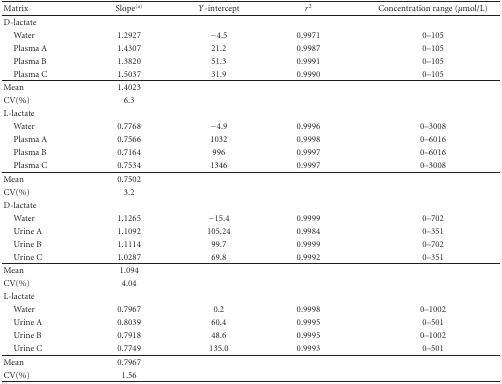
<table><thead><tr><td><b>Matrix</b></td><td><b>Slope<sup>(a)</sup></b></td><td><b><i>Y</i>-intercept</b></td><td><b><i>r</i><sup>2</sup></b></td><td><b>Concentration range (<i>μ</i>mol/L)</b></td></tr></thead><tbody><tr><td>D-lactate</td><td></td><td></td><td></td><td></td></tr><tr><td> Water</td><td>1.2927</td><td>−4.5</td><td>0.9971</td><td>0–105</td></tr><tr><td> Plasma A</td><td>1.4307</td><td>21.2</td><td>0.9987</td><td>0–105</td></tr><tr><td> Plasma B</td><td>1.3820</td><td>51.3</td><td>0.9991</td><td>0–105</td></tr><tr><td> Plasma C</td><td>1.5037</td><td>31.9</td><td>0.9990</td><td>0–105</td></tr><tr><td>Mean</td><td>1.4023</td><td></td><td></td><td></td></tr><tr><td>CV(%)</td><td>6.3</td><td></td><td></td><td></td></tr><tr><td>L-lactate</td><td></td><td></td><td></td><td></td></tr><tr><td> Water</td><td>0.7768</td><td>−4.9</td><td>0.9996</td><td>0–3008</td></tr><tr><td> Plasma A</td><td>0.7566</td><td>1032</td><td>0.9998</td><td>0–6016</td></tr><tr><td> Plasma B</td><td>0.7164</td><td>996</td><td>0.9997</td><td>0–6016</td></tr><tr><td> Plasma C</td><td>0.7534</td><td>1346</td><td>0.9997</td><td>0–3008</td></tr><tr><td>Mean</td><td>0.7502</td><td></td><td></td><td></td></tr><tr><td>CV(%)</td><td>3.2</td><td></td><td></td><td></td></tr><tr><td>D-lactate</td><td></td><td></td><td></td><td></td></tr><tr><td> Water</td><td>1.1265</td><td>−15.4</td><td>0.9999</td><td>0–702</td></tr><tr><td> Urine A</td><td>1.1092</td><td>105.24</td><td>0.9984</td><td>0–351</td></tr><tr><td> Urine B</td><td>1.1114</td><td>99.7</td><td>0.9999</td><td>0–702</td></tr><tr><td> Urine C</td><td>1.0287</td><td>69.8</td><td>0.9992</td><td>0–351</td></tr><tr><td>Mean</td><td>1.094</td><td></td><td></td><td></td></tr><tr><td>CV(%)</td><td>4.04</td><td></td><td></td><td></td></tr><tr><td>L-lactate</td><td></td><td></td><td></td><td></td></tr><tr><td> Water</td><td>0.7967</td><td>0.2</td><td>0.9998</td><td>0–1002</td></tr><tr><td> Urine A</td><td>0.8039</td><td>60.4</td><td>0.9995</td><td>0–501</td></tr><tr><td> Urine B</td><td>0.7918</td><td>48.6</td><td>0.9995</td><td>0–1002</td></tr><tr><td> Urine C</td><td>0.7749</td><td>135.0</td><td>0.9993</td><td>0–501</td></tr><tr><td>Mean</td><td>0.7967</td><td></td><td></td><td></td></tr><tr><td>CV(%)</td><td>1.56</td><td></td><td></td><td></td></tr></tbody></table>